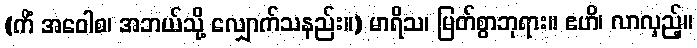
(ကိံ အဝေါစ၊ အဘယ်သို့ လျှောက်သနည်း။) မာရိသ၊ မြတ်စွာဘုရား။ ဧဟိ၊ လာလှည့်။